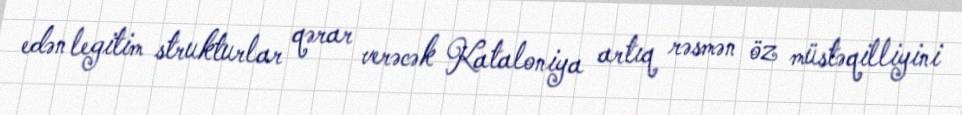
edən legitim strukturlar qərar verəcək Kataloniya artıq rəsmən öz müstəqilliyini